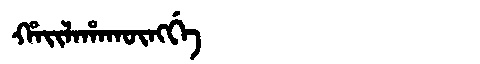
Manchu: ᡥᠠᡳᠯᠠᡥᠠᡴᡡᠩᡤᡝ
Romanization: HAILAHAKŪNGGE